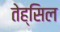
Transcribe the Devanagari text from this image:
तेह्सिल